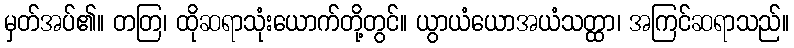
မှတ်အပ်၏။ တတြ၊ ထိုဆရာသုံးယောက်တို့တွင်။ ယွာယံယောအယံသတ္ထာ၊ အကြင်ဆရာသည်။